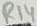
Text: R14